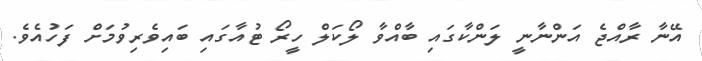
އޭނާ ރާއްޖެ އަންނާނީ ލަންކާގައި ބާއްވާ ލޯކަލް ހީރޯ ޓުއާގައި ބައިވެރިވުމަށް ފަހުއެވެ.